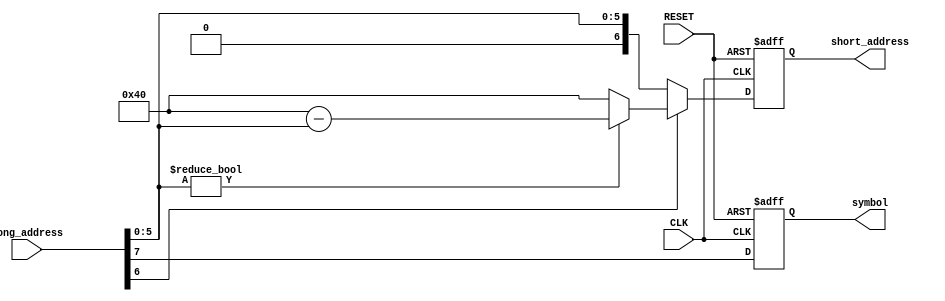
/***********************************************
Module Name:   address_adjust
Feature:       shorten the long address to short address
               Get the symbol of sin value
               An example for the book
Coder:         Garfield
Organization:  xxxx Group, Department of Architecture
------------------------------------------------------
Input ports:   clk: System clock
               Reset: System reset
               long_address: long address in [0, 360)
Output Ports:  short_adress,  short adress in [0, 90]
               symbol, symbol of sin value
------------------------------------------------------
History:
03-08-2016: First Version by Garfield
03-08-2016: Verified by Address_Adjust_test
***********************************************/

module address_adjust
#(parameter WIDTH = 8)
//Bit width for long address
  ( 
    input CLK,
    input RESET,
    input[WIDTH - 1 : 0] long_address,
    output reg[WIDTH - 1 - 1 : 0] short_address,
    output reg symbol
  );

//Defination for Varables in the module
wire[WIDTH-3:0] tail_bit_long_add;
//De-phase long address
//Logicals
assign tail_bit_long_add = long_address[WIDTH-3:0];
always @ (posedge CLK or negedge RESET)
//Address operations
begin
    if ( !RESET)
    //Reset enable
    begin
        short_address <= {(WIDTH-2){1'b0}};
    end
    else if (!long_address[WIDTH-2])
    //Phase 1 or 3
    // sin(a) = sin (a) 
    //or sin(180 + a) = -sin(a)
    begin
        short_address <= {1'b0, tail_bit_long_add};
    end
    else
    //Phase 2 or 4
    //sin(90 + a) = sin(90 - a)
    //or sin(270 + a) = -sin(90 - a)
    begin
        if (tail_bit_long_add != {(WIDTH-2){1'b0}})
        //Not 90 or 270 degree
        begin
            short_address <= {1'b1, {(WIDTH-2){1'b0}}} - {1'b0, tail_bit_long_add};
            //{1'b1, {(WIDTH-2){1'b0}}}: 90 degrees
        end
        else
        begin
           short_address <= {1'b1, {(WIDTH-2){1'b0}}}; 
        end
    end
end

always @ (posedge CLK or negedge RESET)
//Symbol operations
begin
    if ( !RESET)
    //Reset enable
    begin
        symbol <= 1'b0;
    end
    else
    //In phase 1 and 2, sin(a) >= 0
    //In phase 3 and 4, sin(a) <= 0
    begin
        symbol <= long_address[WIDTH - 1];
    end
end

endmodule